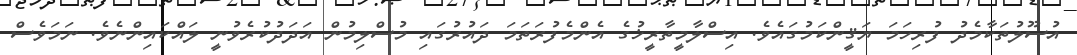
އުސޫލުތަކާމެދު ފުރިހަމަ ޔަޤީންކަމުގައެވެ. އިސްލާމީތާރީޚުގެ އެންމެފުރަތަމަ ދައުރުގައި މުސްލިމުން އަދަދުކުރެވުނީ ލައްކައިންނެވެ. ނަމަވެސް